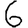
Digit: 6